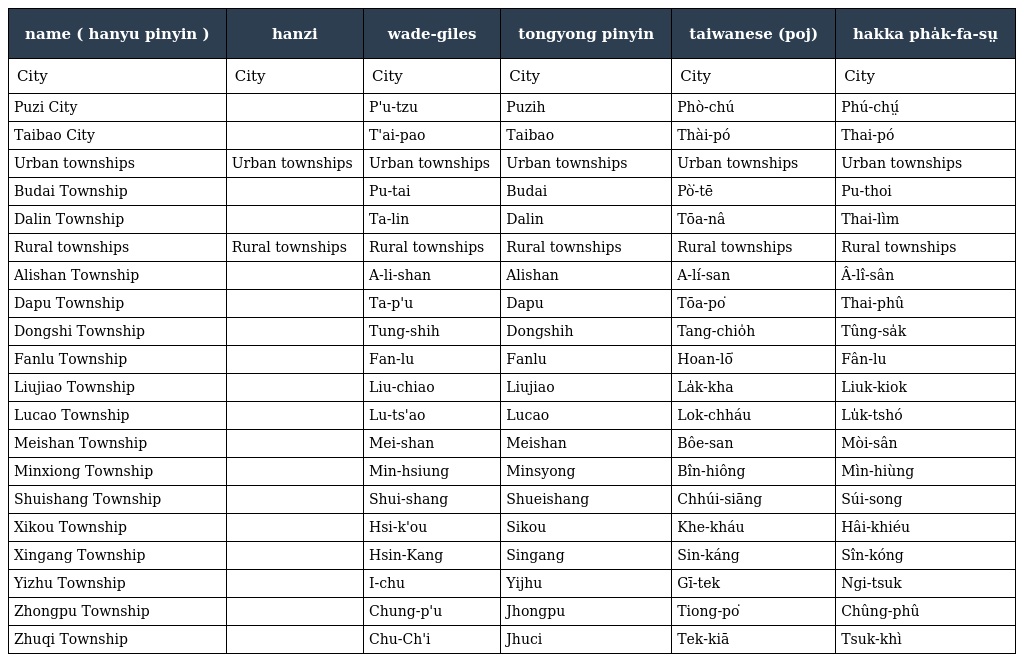
| name ( hanyu pinyin ) | hanzi | wade-giles | tongyong pinyin | taiwanese (poj) | hakka pha̍k-fa-sṳ |
 | --- | --- | --- | --- | --- | --- |
 | City | City | City | City | City | City |
 | Puzi City | 朴子市 | P'u-tzu | Puzih | Phò-chú | Phú-chṳ́ |
 | Taibao City | 太保市 | T'ai-pao | Taibao | Thài-pó | Thai-pó |
 | Urban townships | Urban townships | Urban townships | Urban townships | Urban townships | Urban townships |
 | Budai Township | 布袋鎮 | Pu-tai | Budai | Pò͘-tē | Pu-thoi |
 | Dalin Township | 大林鎮 | Ta-lin | Dalin | Tōa-nâ | Thai-lìm |
 | Rural townships | Rural townships | Rural townships | Rural townships | Rural townships | Rural townships |
 | Alishan Township | 阿里山鄉 | A-li-shan | Alishan | A-lí-san | Â-lî-sân |
 | Dapu Township | 大埔鄉 | Ta-p'u | Dapu | Tōa-po͘ | Thai-phû |
 | Dongshi Township | 東石鄉 | Tung-shih | Dongshih | Tang-chio̍h | Tûng-sa̍k |
 | Fanlu Township | 番路鄉 | Fan-lu | Fanlu | Hoan-lō͘ | Fân-lu |
 | Liujiao Township | 六腳鄉 | Liu-chiao | Liujiao | La̍k-kha | Liuk-kiok |
 | Lucao Township | 鹿草鄉 | Lu-ts'ao | Lucao | Lok-chháu | Lu̍k-tshó |
 | Meishan Township | 梅山鄉 | Mei-shan | Meishan | Bôe-san | Mòi-sân |
 | Minxiong Township | 民雄鄉 | Min-hsiung | Minsyong | Bîn-hiông | Mìn-hiùng |
 | Shuishang Township | 水上鄉 | Shui-shang | Shueishang | Chhúi-siāng | Súi-song |
 | Xikou Township | 溪口鄉 | Hsi-k'ou | Sikou | Khe-kháu | Hâi-khiéu |
 | Xingang Township | 新港鄉 | Hsin-Kang | Singang | Sin-káng | Sîn-kóng |
 | Yizhu Township | 義竹鄉 | I-chu | Yijhu | Gī-tek | Ngi-tsuk |
 | Zhongpu Township | 中埔鄉 | Chung-p'u | Jhongpu | Tiong-po͘ | Chûng-phû |
 | Zhuqi Township | 竹崎鄉 | Chu-Ch'i | Jhuci | Tek-kiā | Tsuk-khì |